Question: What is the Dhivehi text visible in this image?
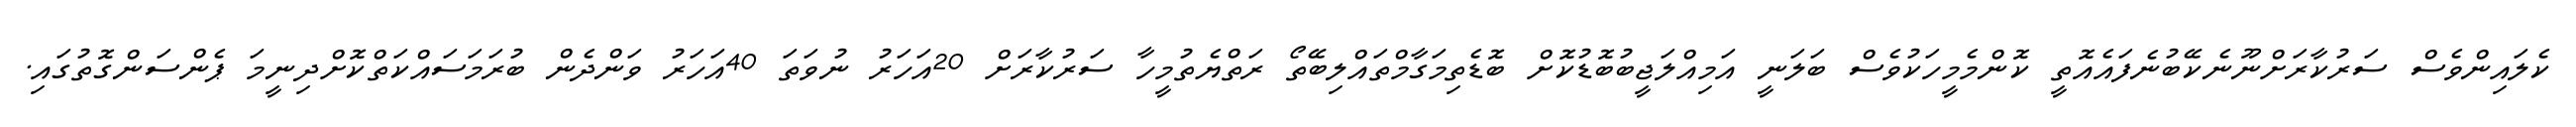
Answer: ކެލައިންވެސް ސަރުކާރަށްނޫނެކޭބުނެފައެއޮތީ ކޮންމެމީހަކުވެސް ބަލަނީ އަމިއްލަޖީބުބޮޑުކޮށް ބޮޑެތިމަގާމްތައްލިބޭތޯ ރަތްޔެތުމީހާ ސަރުކާރަށް 20އަހަރު ނުވަތަ 40އަހަރު ވަންދެން ބުރަމަސައްކަތްކޮށްދިނީމަ ޕެންސަންގޮތުގައި.